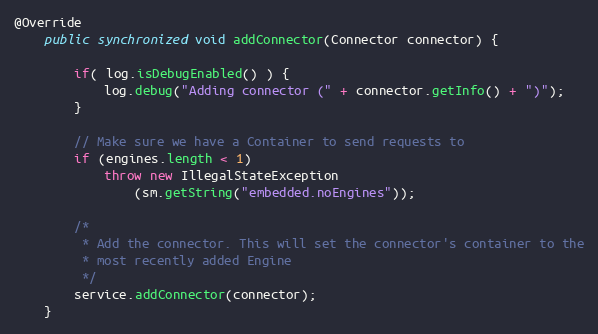
Language: Java
@Override
	public synchronized void addConnector(Connector connector) {

        if( log.isDebugEnabled() ) {
            log.debug("Adding connector (" + connector.getInfo() + ")");
        }

        // Make sure we have a Container to send requests to
        if (engines.length < 1)
            throw new IllegalStateException
                (sm.getString("embedded.noEngines"));

        /*
         * Add the connector. This will set the connector's container to the
         * most recently added Engine
         */
        service.addConnector(connector);
    }